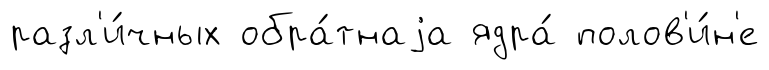
разл'и́чных обра́тнаjа ядра́ полов'и́н'е